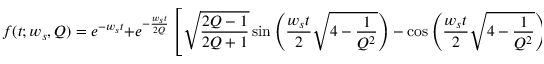
f ( t ; w _ { s } , Q ) = e ^ { - w _ { s } t } + e ^ { - \frac { w _ { s } t } { 2 Q } } \left[ \sqrt { \frac { 2 Q - 1 } { 2 Q + 1 } } \sin \left( \frac { w _ { s } t } { 2 } \sqrt { 4 - \frac { 1 } { Q ^ { 2 } } } \right) - \cos \left( \frac { w _ { s } t } { 2 } \sqrt { 4 - \frac { 1 } { Q ^ { 2 } } } \right) \right]